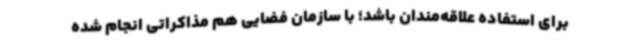
برای استفاده علاقه‌مندان باشد؛ با سازمان فضایی هم مذاکراتی انجام شده